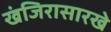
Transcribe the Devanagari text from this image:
खंजिरासारखे